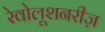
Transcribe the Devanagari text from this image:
रेवोलूशनरीज़